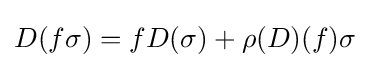
D(f\sigma )=fD(\sigma )+\rho (D)(f)\sigma